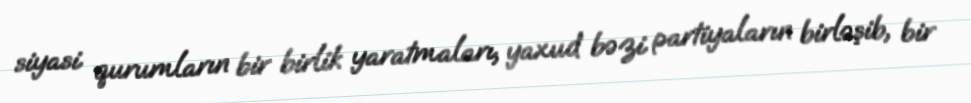
siyasi qurumların bir birlik yaratmaları, yaxud bəzi partiyaların birləşib, bir